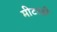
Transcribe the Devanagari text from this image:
मीटरही